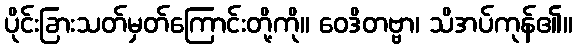
ပိုင်းခြားသတ်မှတ်ကြောင်းတို့ကို။ ဝေဒိတဗ္ဗာ၊ သိအပ်ကုန်၏။